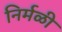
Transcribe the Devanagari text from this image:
निर्मळी